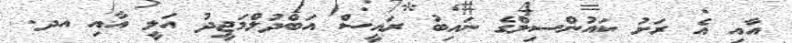
އާއި އެ ރަށު ކައުންސިލްގެ ނައިބު ރައީސް އަބްދުލްމަޖީދު އަލީ އާއި އދ.